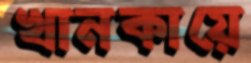
খানকায়ে